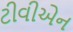
ટીવીએન